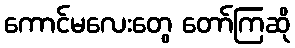
ကောင်မလေးတွေ တော်ကြဆို